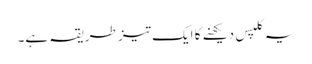
یہ کلپس دیکھنے کا ایک تیز طریقہ ہے۔